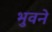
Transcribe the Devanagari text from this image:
भुवने